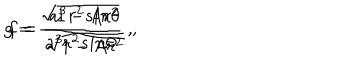
LaTeX: g = \frac { \sqrt { 1 - A r ^ { 2 } } } { a ^ { 3 } r ^ { 2 } s i n \theta } \ , \hspace { 2 c m } f = \frac { a ^ { 3 } r ^ { 2 } s i n \theta } { \sqrt { 1 - A r ^ { 2 } } } \ ,